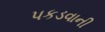
પકડવાની